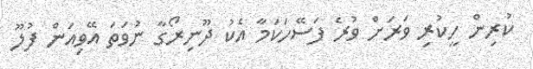
ކުރިން ހީކުރި ވަރަށް ވުރެ ފަސޭހަކަމާ އެކު ދޫނިރޯގާ ނުވަތަ އޭވިއަން ފުލޫ